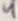
Text: 4